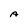
Character: A